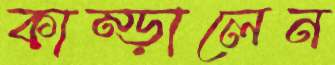
কাম্‌ড়ালেন